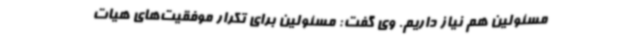
مسئولین هم نیاز داریم. وی گفت: مسئولین برای تکرار موفقیت‌های هیات